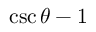
\csc \theta - 1